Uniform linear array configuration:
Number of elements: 8
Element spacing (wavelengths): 0.25
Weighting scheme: exponential
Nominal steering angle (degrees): -30
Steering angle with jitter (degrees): -28.829
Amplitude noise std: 0.05
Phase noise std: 0.05

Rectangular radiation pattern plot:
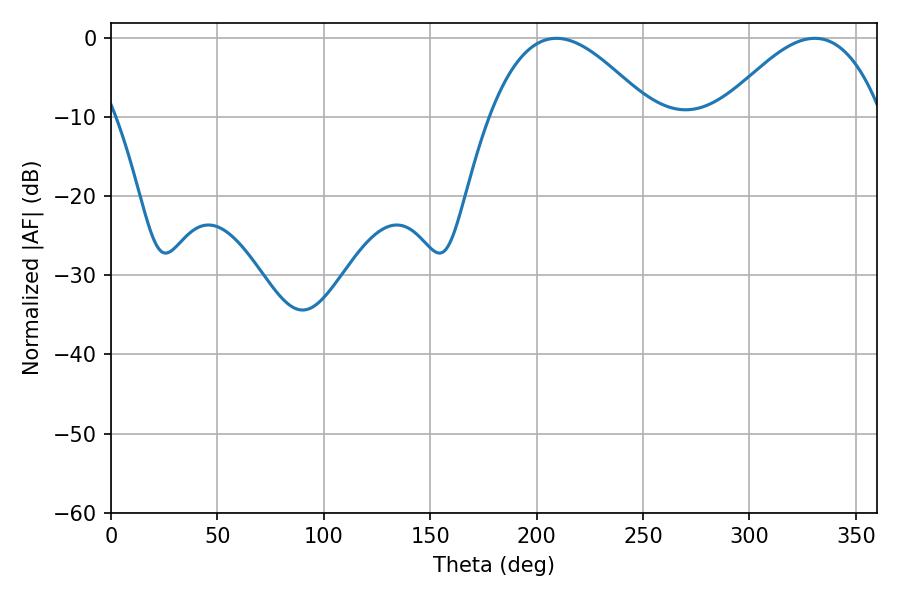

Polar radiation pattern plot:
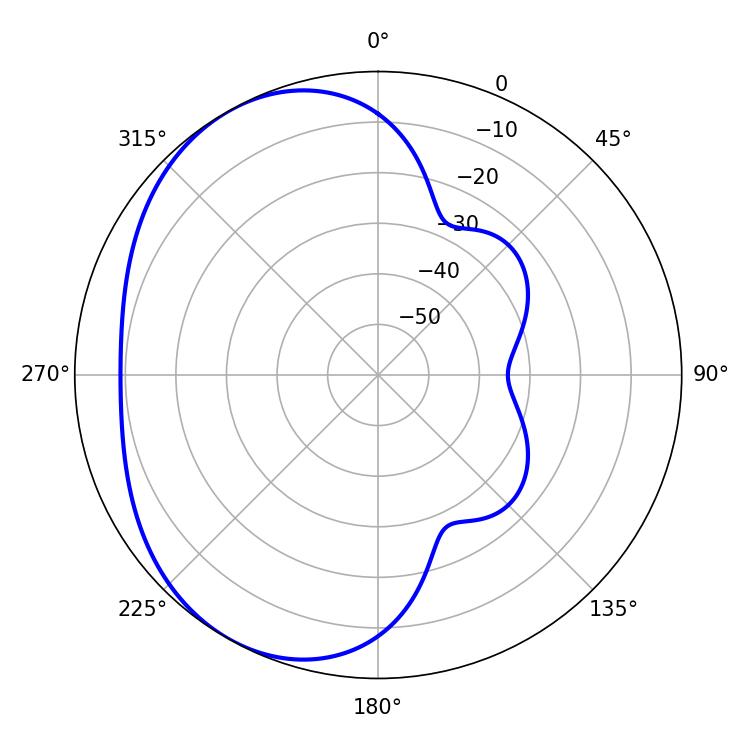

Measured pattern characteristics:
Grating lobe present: FALSE
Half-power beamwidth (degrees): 41.22
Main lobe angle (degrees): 209.34